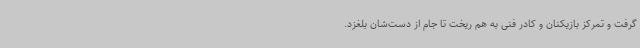
گرفت و تمرکز بازیکنان و کادر فنی به هم ریخت تا جام از دست‌شان بلغزد.